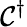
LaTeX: \mathcal{C}^{\dagger}